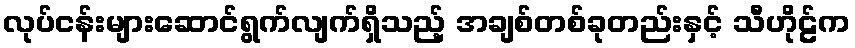
လုပ်ငန်းများဆောင်ရွက်လျက်ရှိသည့် အချစ်တစ်ခုတည်းနှင့် သီဟိုဠ်က